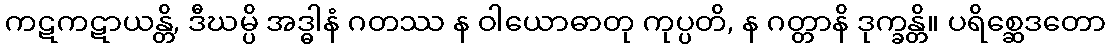
ကဋကဋာယန္တိ, ဒီဃမ္ပိ အဒ္ဓါနံ ဂတဿ န ဝါယောဓာတု ကုပ္ပတိ, န ဂတ္တာနိ ဒုက္ခန္တိ။ ပရိစ္ဆေဒတော